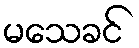
မသေခင်